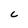
Character: C